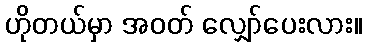
ဟိုတယ်မှာ အဝတ် လျှော်ပေးလား။